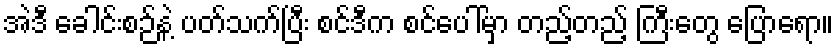
အဲဒီ ခေါင်းစဉ်နဲ့ ပတ်သက်ပြီး စင်ဒီက စင်ပေါ်မှာ တည့်တည့် ကြီးတွေ ပြောရော။